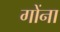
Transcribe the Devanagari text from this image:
गोंना